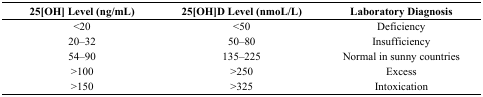
<table><thead><tr><td><b>25[OH] Level (ng/mL)</b></td><td><b>25[OH]D Level (nmoL/L)</b></td><td><b>Laboratory Diagnosis</b></td></tr></thead><tbody><tr><td>&lt;20</td><td>&lt;50</td><td>Deficiency</td></tr><tr><td>20–32</td><td>50–80</td><td>Insufficiency</td></tr><tr><td>54–90</td><td>135–225</td><td>Normal in sunny countries</td></tr><tr><td>&gt;100</td><td>&gt;250</td><td>Excess</td></tr><tr><td>&gt;150</td><td>&gt;325</td><td>Intoxication</td></tr></tbody></table>